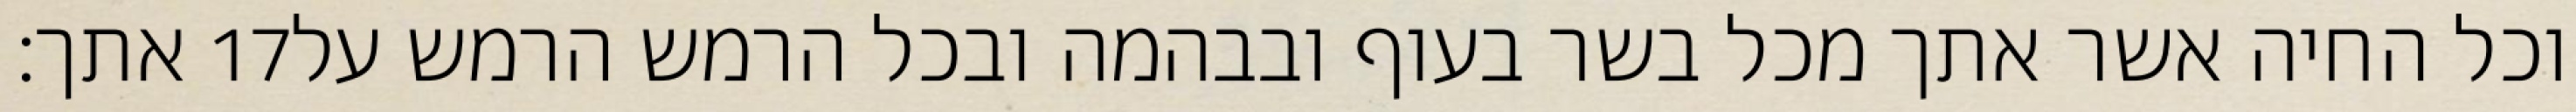
אתך׃ ‎17‏ וכל החיה אשר אתך מכל בשר בעוף ובבהמה ובכל הרמש הרמש על